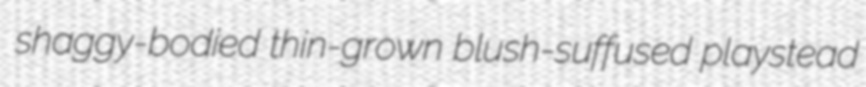
shaggy-bodied thin-grown blush-suffused playstead